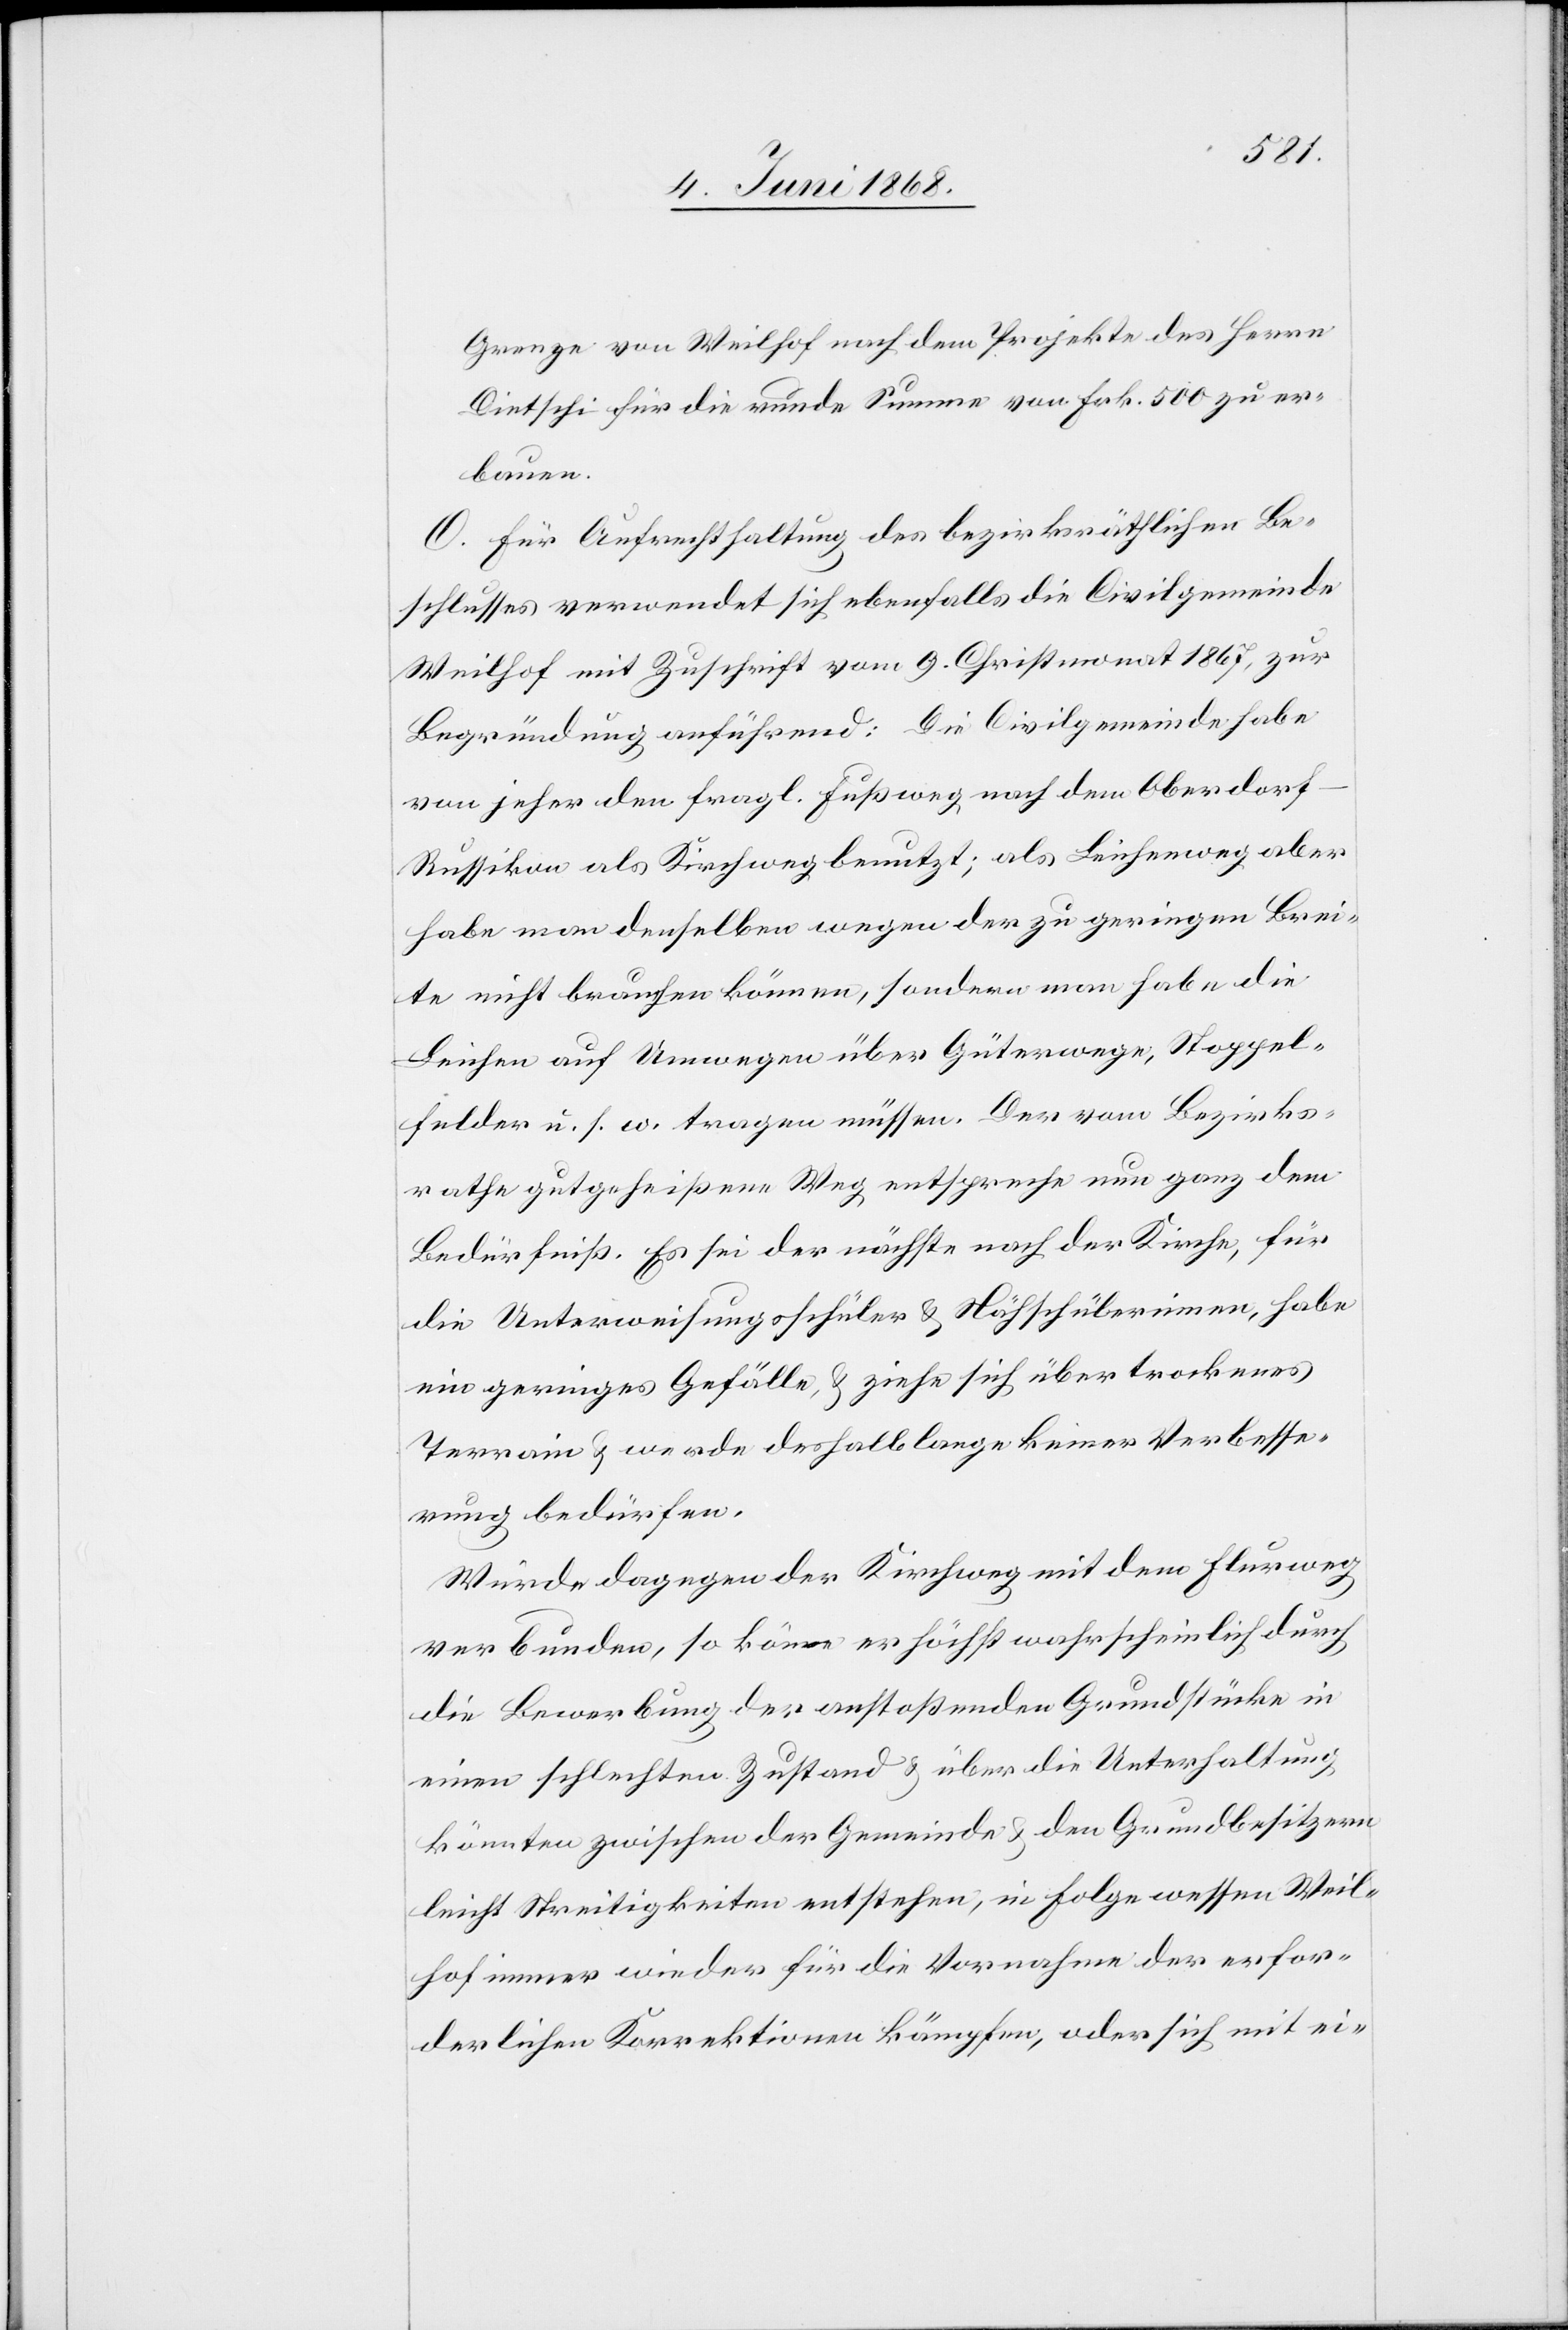
Grenze von Weilhof nach dem Projekte des Herrn
Dietschi für die runde Summe von Frk. 500 zu er¬
bauen.
O. Für Aufrechthaltung des bezirksräthlichen Be¬
schlusses verwendet sich ebenfalls die Civilgemeinde
Weilhof mit Zuschrift vom 9. Christmonat 1867, zur
Begründung anführend: Die Civilgemeinde habe
von jeher den fragl. Fußweg nach dem Oberdor¬
f-Russikon als Kirchweg benutzt; als Leichenweg aber
habe man denselben wegen der zu geringen Brei¬
te nicht brauchen können, sondern man habe die
Leichen auf Umwegen über Güterwege, Stoppel¬
felder u. s. w. tragen müssen. Der vom Bezirks¬
rathe gutgeheißene Weg entspreche nun ganz dem
Bedürfniß. Es sei der nächste nach der Kirche, für
die Unterweisungsschüler & Nähschülerinnen, habe
ein geringes Gefälle, & ziehe sich über trockenes
Terrain & werde deshalb lange keiner Verbesse¬
rung bedürfen.
Würde dagegen der Kirchweg mit dem Flurweg
verbunden, so köme [recte: käme] er höchst wahrscheinlich durch
die Bewerbung der anstoßenden Grundstücke in
einen schlechten Zustand & über die Unterhaltung
könnten zwischen der Gemeinde & den Grundbesitzern
leicht Streitigkeiten entstehen, in Folge wessen Weil¬
hof immer wieder für die Vornahme der erfor¬
derlichen Korrektionen kämpfen, oder sich mit ei-